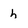
Character: h